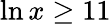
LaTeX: \ln x\geq 11